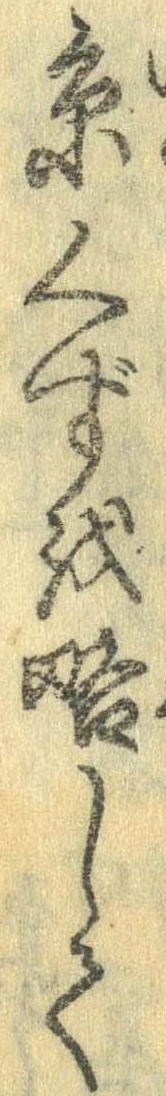
糸くずを略して